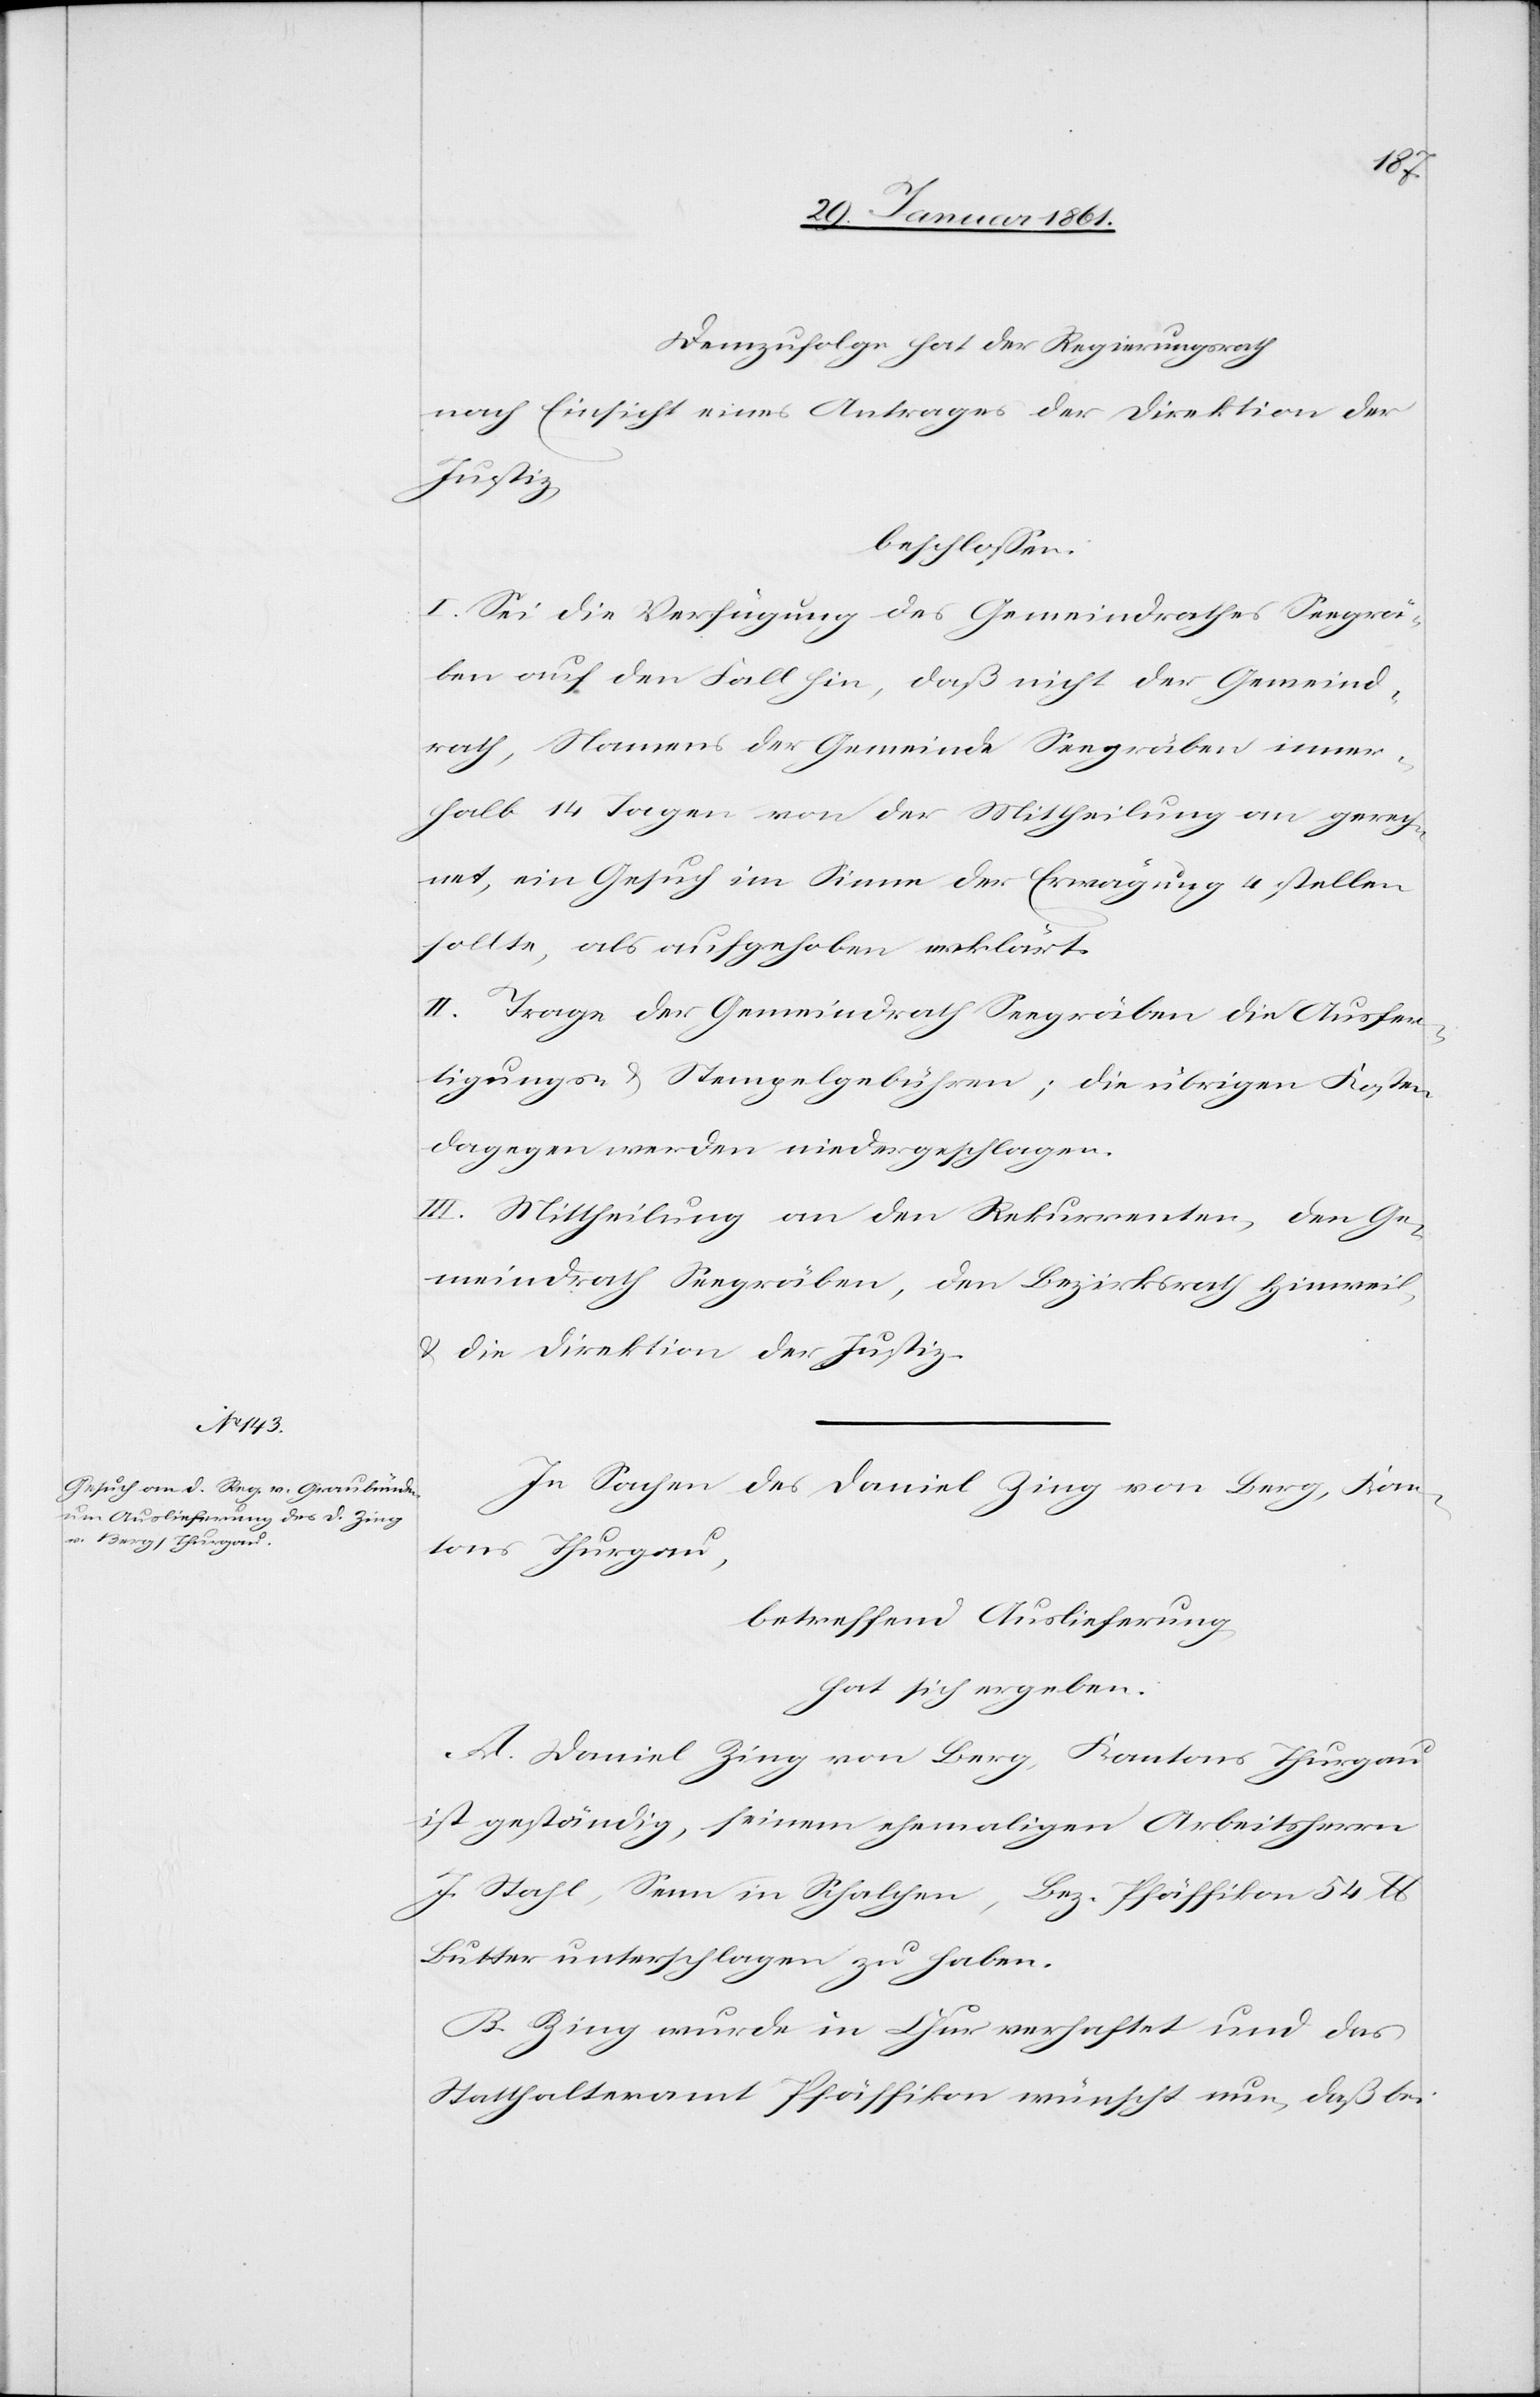
Demzufolge hat der Regierungsrath
nach Einsicht eines Antrages der Direktion der
Justiz,
beschlossen:
I. Sei die Verfügung des Gemeindrathes Seegrä¬
ben auf den Fall hin, daß nicht der Gemeind¬
rath, Namens der Gemeinde Seegräben inner¬
halb 14 Tagen von der Mittheilung an gerech¬
net, ein Gesuch im Sinne der Erwägung 4 stellen
sollte, als aufgehoben erklärt.
II. Trage der Gemeindrath Seegräben die Ausfer¬
tigungs- u. Stempelgebühren; die übrigen Kosten
dagegen werden niedergeschlagen.
III. Mittheilung an den Rekurrenten, den Ge¬
meindrath Seegräben, den Bezirksrath Hinweil
u. die Direktion der Justiz.
In Sachen des Daniel Zing von Berg, Kan¬
tons Thurgau,
betreffend Auslieferung
hat sich ergeben:
A. Daniel Zing von Berg, Kantons Thurgau
ist geständig, seinem ehemaligen Arbeitsherrn
J. Stahl, Senn in Schalchen, Bez. Pfäffikon 54 lb.
Butter unterschlagen zu haben.
B. Zing wurde in Chur verhaftet und das
Statthalteramt Pfäffikon wünscht nun, daß bei